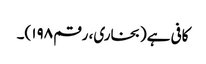
کافی ہے(بخاری، رقم ۱۹۸)۔